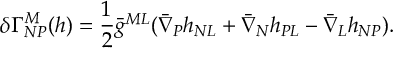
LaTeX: \delta \Gamma _ { N P } ^ { M } ( h ) = { \frac { 1 } { 2 } } \bar { g } ^ { M L } ( \bar { \nabla } _ { P } h _ { N L } + \bar { \nabla } _ { N } h _ { P L } - \bar { \nabla } _ { L } h _ { N P } ) .